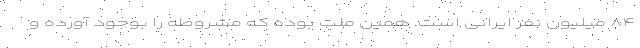
۸۴ میلیون نفر ایرانی است. همین ملت بوده که مشروطه را بوجود آورده و